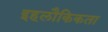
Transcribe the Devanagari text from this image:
इहलौकिकता